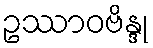
ဥဿာဝဗိန္ဒု